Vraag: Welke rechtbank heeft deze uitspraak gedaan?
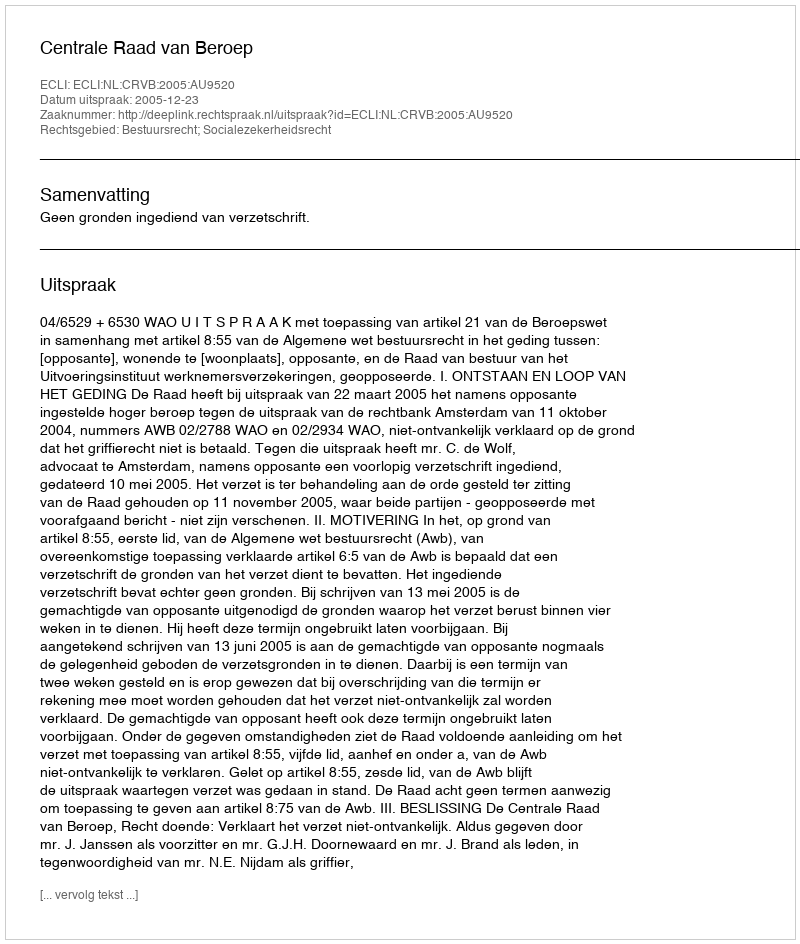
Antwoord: Centrale Raad van Beroep